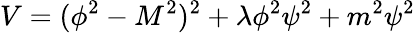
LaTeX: V=(\phi^{2}-M^{2})^{2}+\lambda\phi^{2}\psi^{2}+m^{2}\psi^{2}